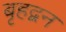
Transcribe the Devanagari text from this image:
बृहद्बन